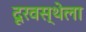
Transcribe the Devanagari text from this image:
दूरवस्थेला